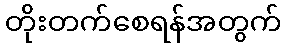
တိုးတက်စေရန်အတွက်